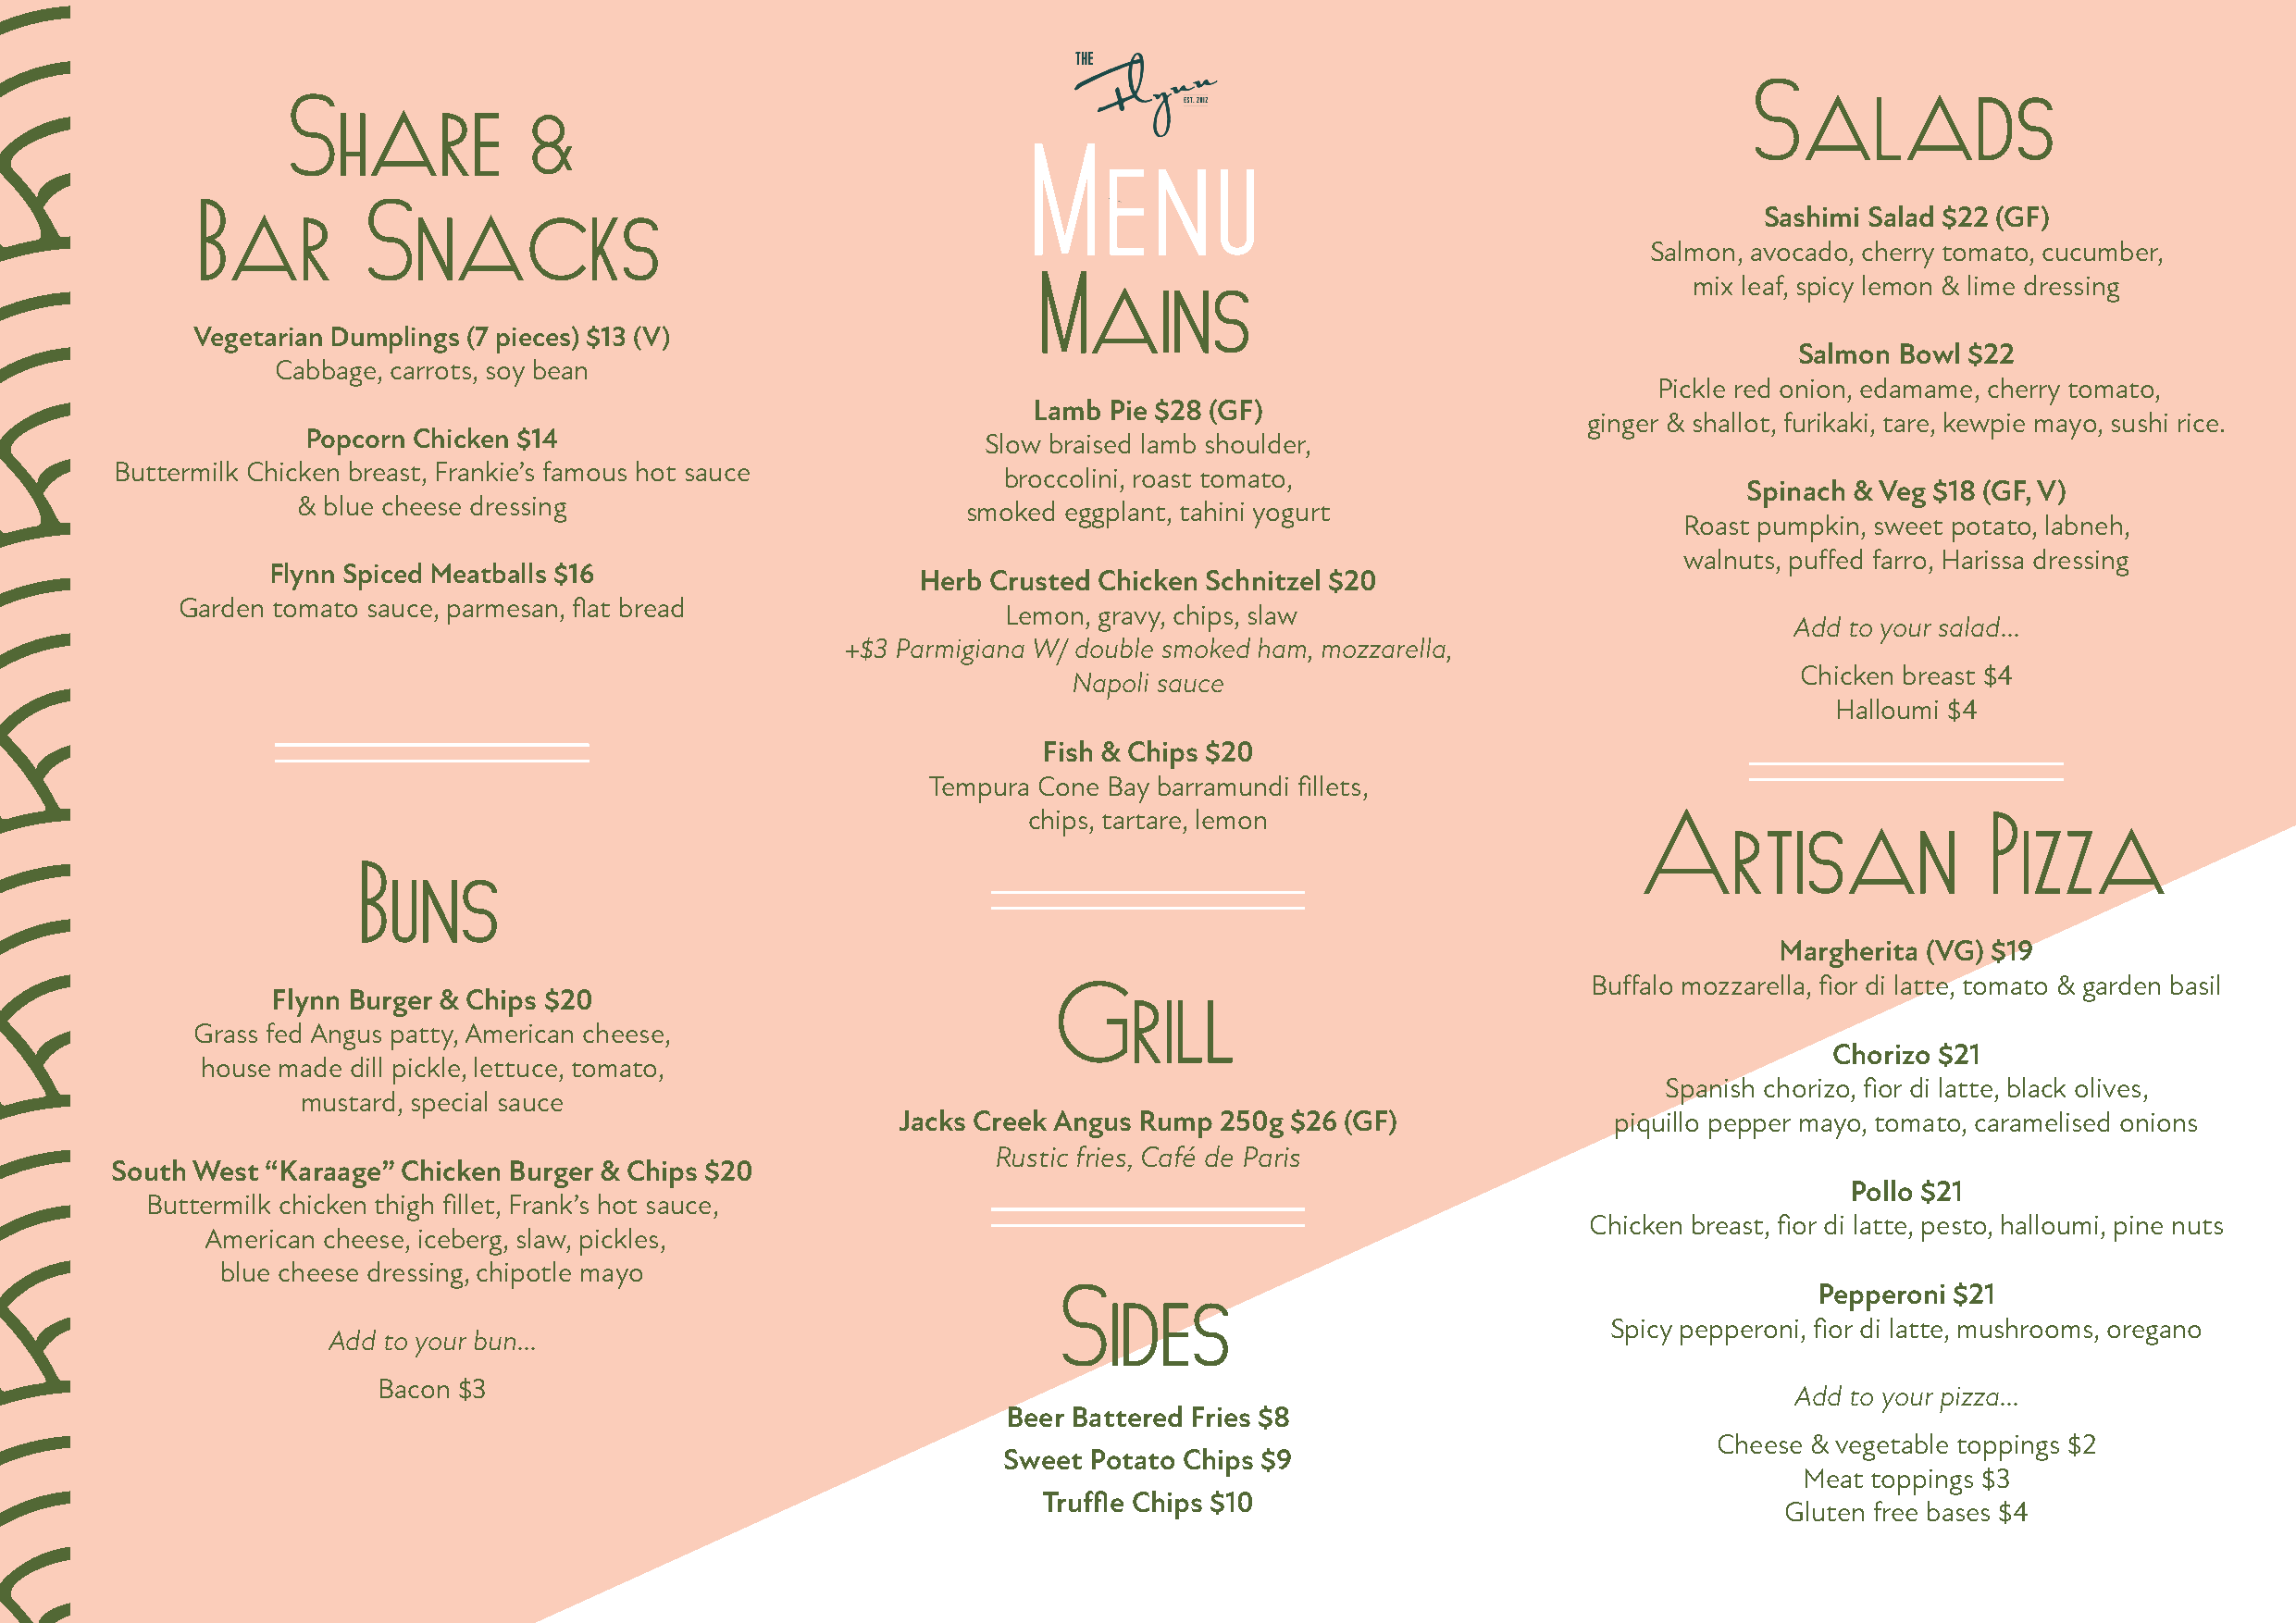
SSaallaaddss
 SShhaarree
 &
 MM   ee  nn  uu
 BBaarr      SSnnaacckkss                                                                                        Sashimi Salad $22 (GF)
 Salmon, avocado, cherry tomato, cucumber,
 MMaaiinnss                                    mix leaf, spicy lemon & lime dressing
 Vegetarian Dumplings (7 pieces) $13 (V)
 Salmon Bowl $22
 Cabbage, carrots, soy bean
 Pickle red onion, edamame, cherry tomato,
 Lamb Pie $28 (GF)
 ginger & shallot, furikaki, tare, kewpie mayo, sushi rice.
 Popcorn Chicken $14
 Slow braised lamb shoulder,
 Buttermilk Chicken breast, Frankie’s famous hot sauce
 broccolini, roast tomato,
 Spinach & Veg $18 (GF, V)
 & blue cheese dressing
 smoked eggplant, tahini yogurt
 Roast pumpkin, sweet potato, labneh,
 walnuts, puffed farro, Harissa dressing
 Flynn Spiced Meatballs $16
 Herb Crusted Chicken Schnitzel $20
 Garden tomato sauce, parmesan, flat bread
 Lemon, gravy, chips, slaw
 Add to your salad...
 +$3 Parmigiana W/ double smoked ham, mozzarella,
 Chicken breast $4
 Napoli sauce
 Halloumi $4
 Fish & Chips $20
 Tempura Cone Bay barramundi fillets,
 chips, tartare, lemon
 AArrttiissaann           PPiizzzzaa
 BBuunnss
 Margherita (VG) $19
 Buffalo mozzarella, fior di latte, tomato & garden basil
 Flynn Burger & Chips $20                                 GGrriillll
 Grass fed Angus patty, American cheese,
 Chorizo $21
 house made dill pickle, lettuce, tomato,
 Spanish chorizo, fior di latte, black olives,
 mustard, special sauce
 Jacks Creek Angus Rump 250g $26 (GF)               piquillo pepper mayo, tomato, caramelised onions
 Rustic fries, Café de Paris
 South West “Karaage” Chicken Burger & Chips $20
 Pollo $21
 Buttermilk chicken thigh fillet, Frank’s hot sauce,
 Chicken breast, fior di latte, pesto, halloumi, pine nuts
 American cheese, iceberg, slaw, pickles,
 blue cheese dressing, chipotle mayo
 SSiiddeess                                            Pepperoni $21
 Spicy pepperoni, fior di latte, mushrooms, oregano
 Add to your bun...
 Bacon $3
 Add to your pizza...
 Beer Battered Fries $8
 Cheese & vegetable toppings $2
 Sweet Potato Chips $9
 Meat toppings $3
 Truffle Chips $10
 Gluten free bases $4